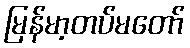
မြန်မာ့တပ်မတော်